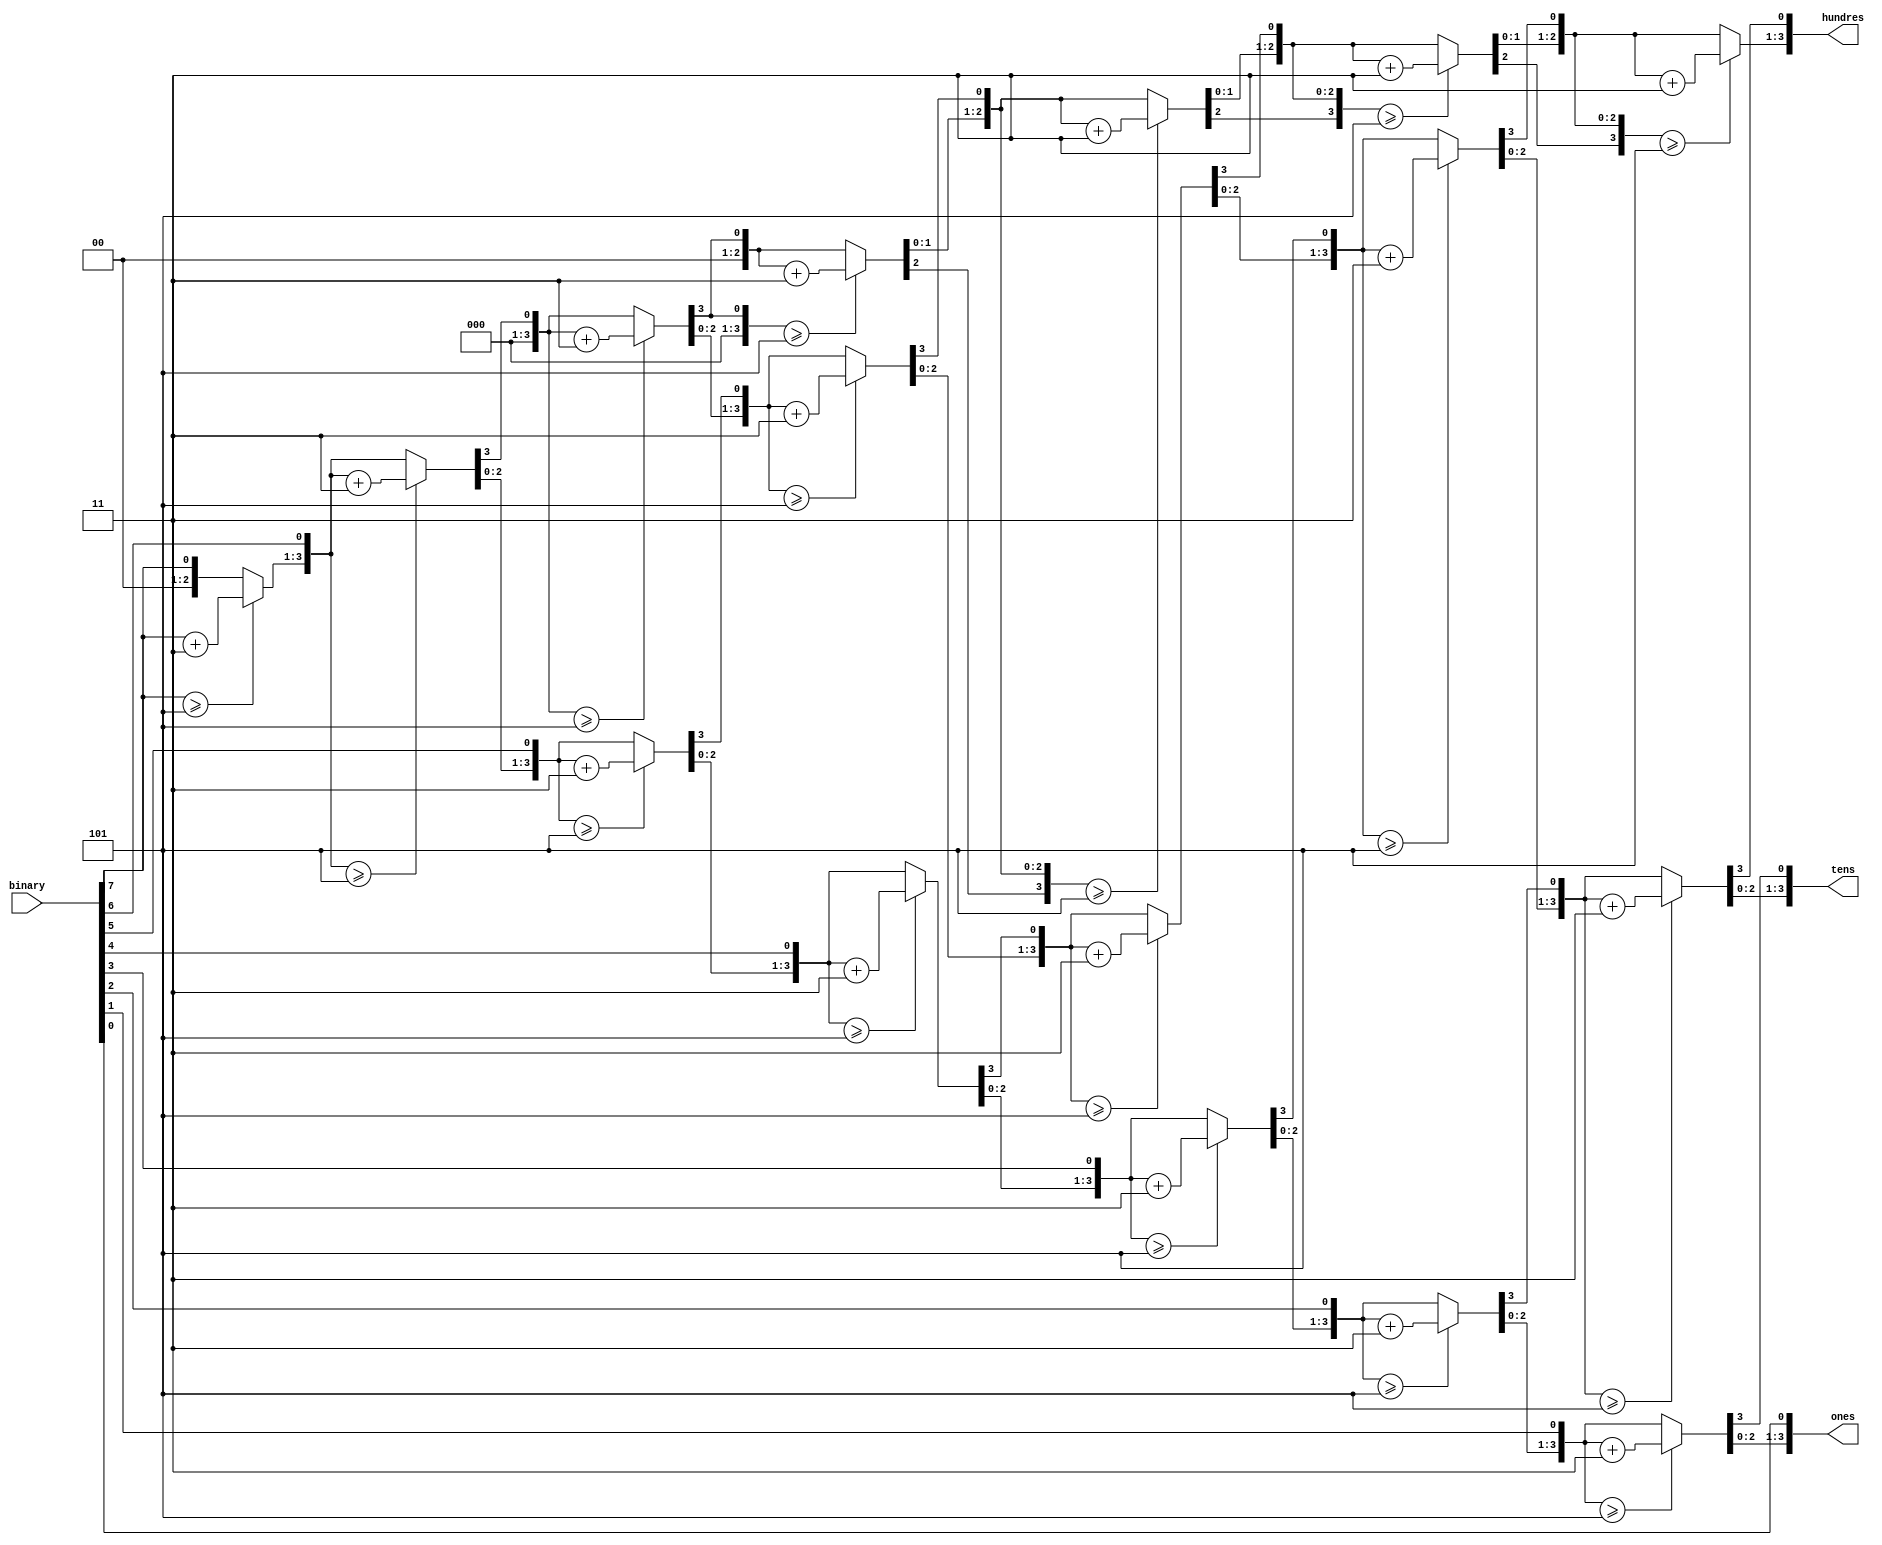
module BCD (
		input [7 : 0] binary,				//
		output reg[3 : 0] hundres,			//
		output reg[3 : 0] tens,			//
		output reg[3 : 0] ones				//
	);
	
	integer i;
	
	always @(binary) begin 
		hundres = 4'd0;
		tens = 4'd0;
		ones = 4'd0;
		
		for (i = 7; i >= 0; i = i -1) begin		
			if (hundres >= 5)
				hundres = hundres + 3;
			if (tens >= 5)
				tens = tens + 3;
			if (ones >= 5)
				ones = ones + 3;
			
			hundres = hundres << 1'b1;
			hundres[0] = tens[3];
			tens = tens << 1'b1;
			tens[0] = ones[3];
			ones = ones << 1'b1;
			ones[0] = binary[i];
		end
	end 
	

endmodule